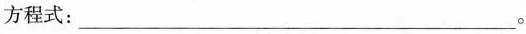
方程式：___。